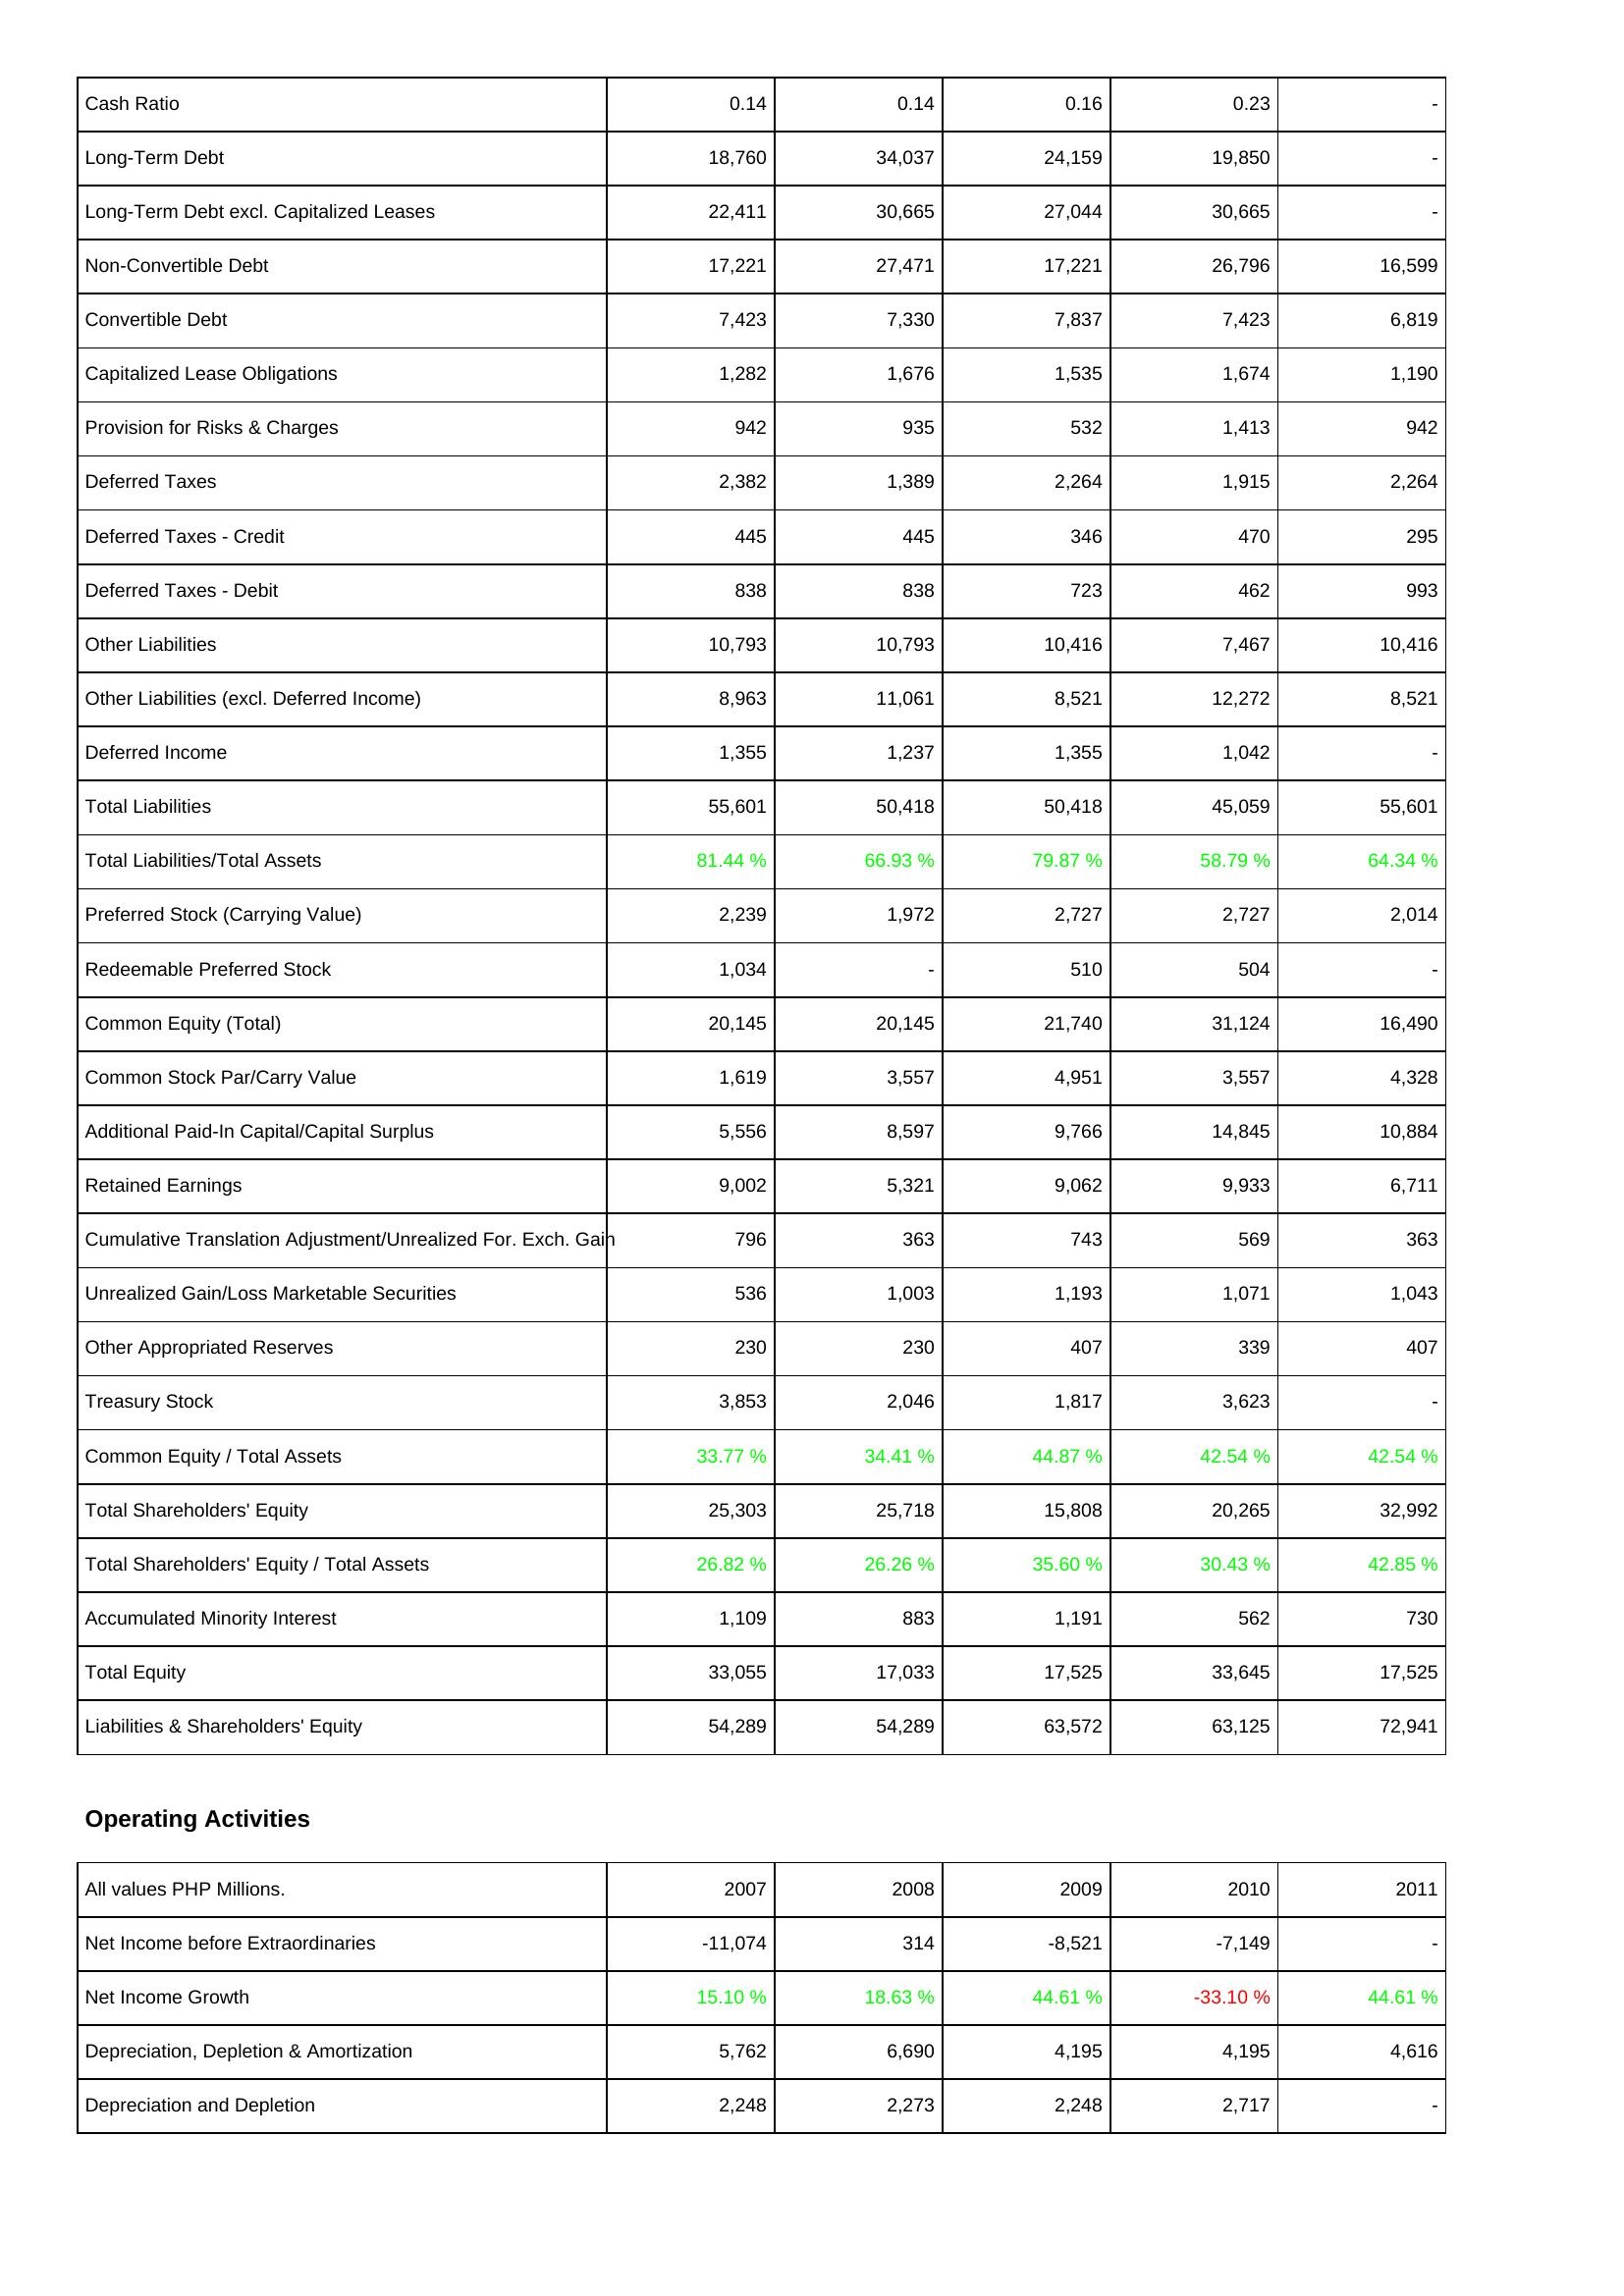
2007: Liabilities & Shareholders' Equity: Cash Ratio: 0.14
Long-Term Debt: 18,760
Long-Term Debt excl. Capitalized Leases: 22,411
Non-Convertible Debt: 17,221
Convertible Debt: 7,423
Capitalized Lease Obligations: 1,282
Provision for Risks & Charges: 942
Deferred Taxes: 2,382
Deferred Taxes - Credit: 445
Deferred Taxes - Debit: 838
Other Liabilities: 10,793
Other Liabilities (excl. Deferred Income): 8,963
Deferred Income: 1,355
Total Liabilities: 55,601
Total Liabilities/Total Assets: 81.44 %
Preferred Stock (Carrying Value): 2,239
Redeemable Preferred Stock: 1,034
Common Equity (Total): 20,145
Common Stock Par/Carry Value: 1,619
Additional Paid-In Capital/Capital Surplus: 5,556
Retained Earnings: 9,002
Cumulative Translation Adjustment/Unrealized For. Exch. Gain: 796
Unrealized Gain/Loss Marketable Securities: 536
Other Appropriated Reserves: 230
Treasury Stock: 3,853
Common Equity / Total Assets: 33.77 %
Total Shareholders' Equity: 25,303
Total Shareholders' Equity / Total Assets: 26.82 %
Accumulated Minority Interest: 1,109
Total Equity: 33,055
Liabilities & Shareholders' Equity: 54,289
Operating Activities: Net Income before Extraordinaries: -11,074
Net Income Growth: 15.10 %
Depreciation, Depletion & Amortization: 5,762
Depreciation and Depletion: 2,248
2008: Liabilities & Shareholders' Equity: Cash Ratio: 0.14
Long-Term Debt: 34,037
Long-Term Debt excl. Capitalized Leases: 30,665
Non-Convertible Debt: 27,471
Convertible Debt: 7,330
Capitalized Lease Obligations: 1,676
Provision for Risks & Charges: 935
Deferred Taxes: 1,389
Deferred Taxes - Credit: 445
Deferred Taxes - Debit: 838
Other Liabilities: 10,793
Other Liabilities (excl. Deferred Income): 11,061
Deferred Income: 1,237
Total Liabilities: 50,418
Total Liabilities/Total Assets: 66.93 %
Preferred Stock (Carrying Value): 1,972
Redeemable Preferred Stock: -
Common Equity (Total): 20,145
Common Stock Par/Carry Value: 3,557
Additional Paid-In Capital/Capital Surplus: 8,597
Retained Earnings: 5,321
Cumulative Translation Adjustment/Unrealized For. Exch. Gain: 363
Unrealized Gain/Loss Marketable Securities: 1,003
Other Appropriated Reserves: 230
Treasury Stock: 2,046
Common Equity / Total Assets: 34.41 %
Total Shareholders' Equity: 25,718
Total Shareholders' Equity / Total Assets: 26.26 %
Accumulated Minority Interest: 883
Total Equity: 17,033
Liabilities & Shareholders' Equity: 54,289
Operating Activities: Net Income before Extraordinaries: 314
Net Income Growth: 18.63 %
Depreciation, Depletion & Amortization: 6,690
Depreciation and Depletion: 2,273
2009: Liabilities & Shareholders' Equity: Cash Ratio: 0.16
Long-Term Debt: 24,159
Long-Term Debt excl. Capitalized Leases: 27,044
Non-Convertible Debt: 17,221
Convertible Debt: 7,837
Capitalized Lease Obligations: 1,535
Provision for Risks & Charges: 532
Deferred Taxes: 2,264
Deferred Taxes - Credit: 346
Deferred Taxes - Debit: 723
Other Liabilities: 10,416
Other Liabilities (excl. Deferred Income): 8,521
Deferred Income: 1,355
Total Liabilities: 50,418
Total Liabilities/Total Assets: 79.87 %
Preferred Stock (Carrying Value): 2,727
Redeemable Preferred Stock: 510
Common Equity (Total): 21,740
Common Stock Par/Carry Value: 4,951
Additional Paid-In Capital/Capital Surplus: 9,766
Retained Earnings: 9,062
Cumulative Translation Adjustment/Unrealized For. Exch. Gain: 743
Unrealized Gain/Loss Marketable Securities: 1,193
Other Appropriated Reserves: 407
Treasury Stock: 1,817
Common Equity / Total Assets: 44.87 %
Total Shareholders' Equity: 15,808
Total Shareholders' Equity / Total Assets: 35.60 %
Accumulated Minority Interest: 1,191
Total Equity: 17,525
Liabilities & Shareholders' Equity: 63,572
Operating Activities: Net Income before Extraordinaries: -8,521
Net Income Growth: 44.61 %
Depreciation, Depletion & Amortization: 4,195
Depreciation and Depletion: 2,248
2010: Liabilities & Shareholders' Equity: Cash Ratio: 0.23
Long-Term Debt: 19,850
Long-Term Debt excl. Capitalized Leases: 30,665
Non-Convertible Debt: 26,796
Convertible Debt: 7,423
Capitalized Lease Obligations: 1,674
Provision for Risks & Charges: 1,413
Deferred Taxes: 1,915
Deferred Taxes - Credit: 470
Deferred Taxes - Debit: 462
Other Liabilities: 7,467
Other Liabilities (excl. Deferred Income): 12,272
Deferred Income: 1,042
Total Liabilities: 45,059
Total Liabilities/Total Assets: 58.79 %
Preferred Stock (Carrying Value): 2,727
Redeemable Preferred Stock: 504
Common Equity (Total): 31,124
Common Stock Par/Carry Value: 3,557
Additional Paid-In Capital/Capital Surplus: 14,845
Retained Earnings: 9,933
Cumulative Translation Adjustment/Unrealized For. Exch. Gain: 569
Unrealized Gain/Loss Marketable Securities: 1,071
Other Appropriated Reserves: 339
Treasury Stock: 3,623
Common Equity / Total Assets: 42.54 %
Total Shareholders' Equity: 20,265
Total Shareholders' Equity / Total Assets: 30.43 %
Accumulated Minority Interest: 562
Total Equity: 33,645
Liabilities & Shareholders' Equity: 63,125
Operating Activities: Net Income before Extraordinaries: -7,149
Net Income Growth: -33.10 %
Depreciation, Depletion & Amortization: 4,195
Depreciation and Depletion: 2,717
2011: Liabilities & Shareholders' Equity: Cash Ratio: -
Long-Term Debt: -
Long-Term Debt excl. Capitalized Leases: -
Non-Convertible Debt: 16,599
Convertible Debt: 6,819
Capitalized Lease Obligations: 1,190
Provision for Risks & Charges: 942
Deferred Taxes: 2,264
Deferred Taxes - Credit: 295
Deferred Taxes - Debit: 993
Other Liabilities: 10,416
Other Liabilities (excl. Deferred Income): 8,521
Deferred Income: -
Total Liabilities: 55,601
Total Liabilities/Total Assets: 64.34 %
Preferred Stock (Carrying Value): 2,014
Redeemable Preferred Stock: -
Common Equity (Total): 16,490
Common Stock Par/Carry Value: 4,328
Additional Paid-In Capital/Capital Surplus: 10,884
Retained Earnings: 6,711
Cumulative Translation Adjustment/Unrealized For. Exch. Gain: 363
Unrealized Gain/Loss Marketable Securities: 1,043
Other Appropriated Reserves: 407
Treasury Stock: -
Common Equity / Total Assets: 42.54 %
Total Shareholders' Equity: 32,992
Total Shareholders' Equity / Total Assets: 42.85 %
Accumulated Minority Interest: 730
Total Equity: 17,525
Liabilities & Shareholders' Equity: 72,941
Operating Activities: Net Income before Extraordinaries: -
Net Income Growth: 44.61 %
Depreciation, Depletion & Amortization: 4,616
Depreciation and Depletion: -